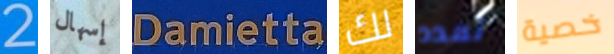
2 إسهال Damietta لك تمدد خصية